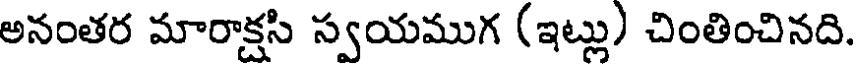
అనంతర మారాక్షసి స్వయముగ (ఇట్లు) చింతించినది.